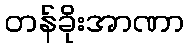
တန်ခိုးအာဏာ